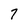
Character: 7